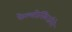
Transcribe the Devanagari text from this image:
केल्लोस्किउरिने